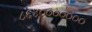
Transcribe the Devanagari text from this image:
८६४०००००००